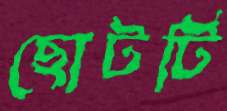
ছোটটি